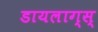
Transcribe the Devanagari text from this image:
डायलाग्स्